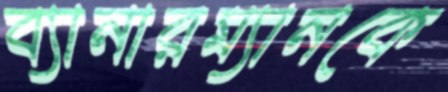
ব্যানারম্যানকে